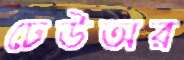
ঢেউঅর